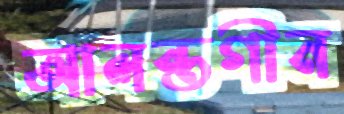
আলন্তগীন